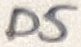
Text: D5